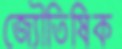
জ্যৌতিষিক